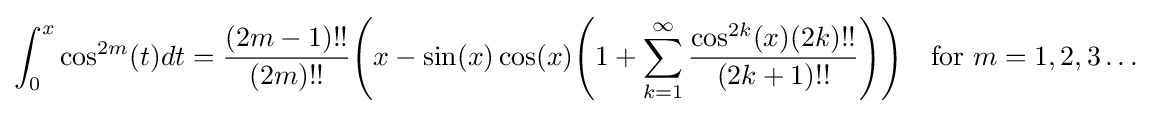
\int _{0}^{x}\cos ^{2m}(t)dt={\frac {(2m-1)!!}{(2m)!!}}{\Biggl (}x-\sin(x)\cos(x){\Biggl (}1+\sum _{k=1}^{\infty }{\frac {\cos ^{2k}(x)(2k)!!}{(2k+1)!!}}{\Biggr )}{\Biggr )}\quad {\text{for }}m=1,2,3\ldots